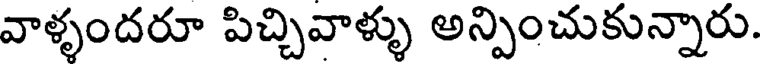
వాళ్ళందరూ పిచ్చివాళ్ళు అన్పించుకున్నారు.